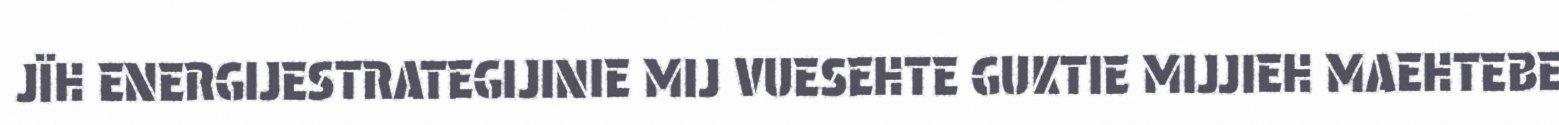
JÏH ENERGIJESTRATEGIJINIE MIJ VUESEHTE GUKTIE MIJJIEH MAEHTEBE